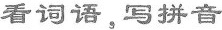
看词语，写拼音